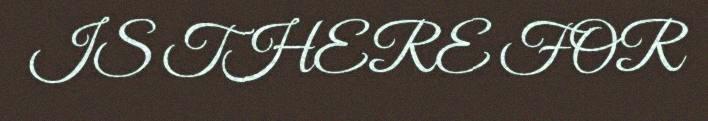
IS THERE FOR